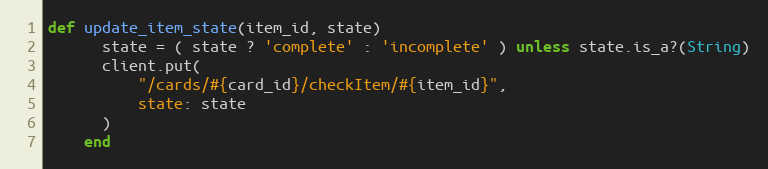
Language: Ruby
def update_item_state(item_id, state)
      state = ( state ? 'complete' : 'incomplete' ) unless state.is_a?(String)
      client.put(
          "/cards/#{card_id}/checkItem/#{item_id}",
          state: state
      )
    end